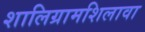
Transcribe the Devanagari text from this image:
शालिग्रामशिलावा